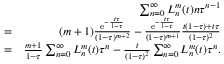
\begin{array} { r l r } & { } & { \sum _ { n = 0 } ^ { \infty } L _ { n } ^ { m } ( t ) n \tau ^ { n - 1 } } \\ & { = } & { ( m + 1 ) \frac { \mathrm { e } ^ { - \frac { t \tau } { 1 - \tau } } } { ( 1 - \tau ) ^ { m + 2 } } - \frac { \mathrm { e } ^ { - \frac { t \tau } { 1 - \tau } } } { ( 1 - \tau ) ^ { m + 1 } } \frac { t ( 1 - \tau ) + t \tau } { ( 1 - \tau ) ^ { 2 } } } \\ & { = } & { \frac { m + 1 } { 1 - \tau } \sum _ { n = 0 } ^ { \infty } L _ { n } ^ { m } ( t ) \tau ^ { n } - \frac { t } { ( 1 - \tau ) ^ { 2 } } \sum _ { n = 0 } ^ { \infty } L _ { n } ^ { m } ( t ) \tau ^ { n } . } \end{array}